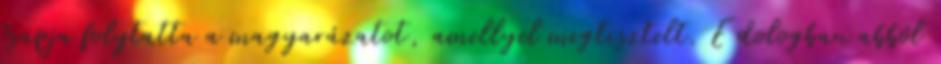
ősapja folytatta a magyarázatot, amellyel megtisztelt. E dologban abból